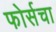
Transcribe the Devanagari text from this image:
फोर्सचा